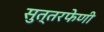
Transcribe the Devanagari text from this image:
सुत्तरफेणी